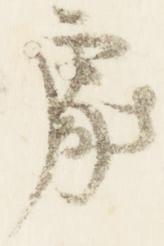
処